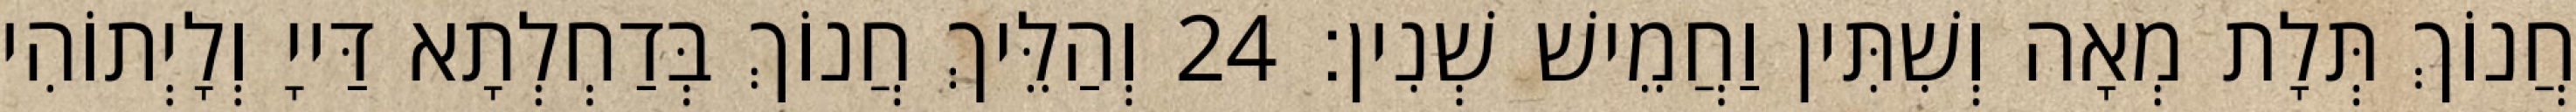
חֲנוֹךְ תְּלָת מְאָה וְשִׁתִּין וַחֲמֵישׁ שְׁנִין׃ 24 וְהַלֵּיךְ חֲנוֹךְ בְּדַחְלְתָא דַּייָ וְלָיְתוֹהִי